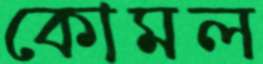
কোমল